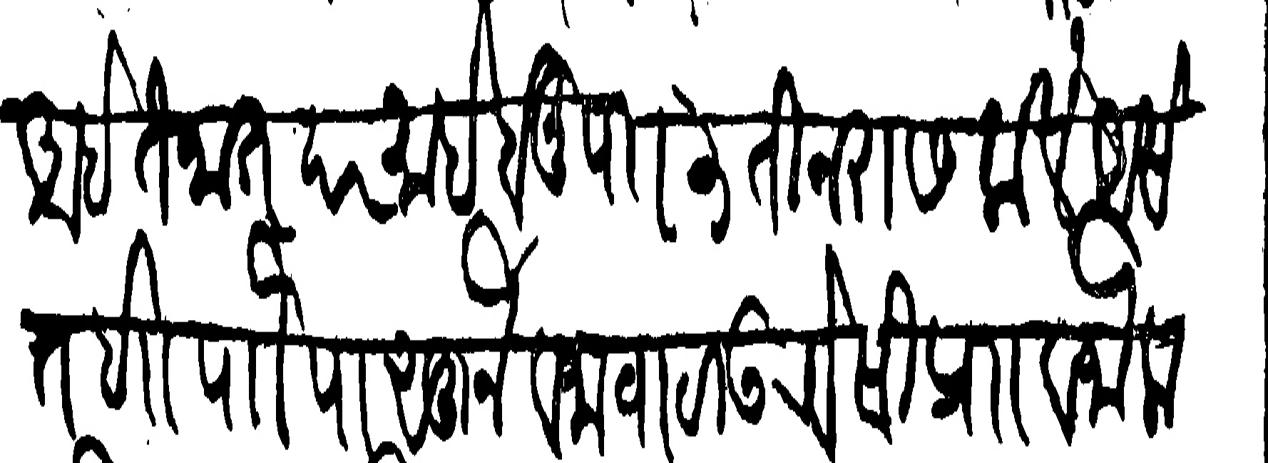
Transliteration (Devanagari): आहे तैनात दरमाहे होनु पाा ३ तीन रास केले असेत शा पौ पासून वजावाटा उरवेसी प्रोो वजा करुन